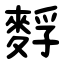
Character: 䴸